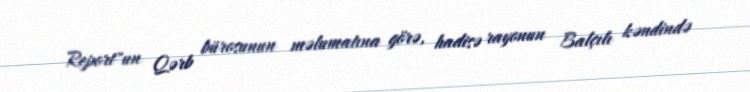
Report"un Qərb bürosunun məlumatına görə, hadisə rayonun Balçılı kəndində